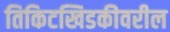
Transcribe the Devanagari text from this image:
तिकिटखिडकीवरील